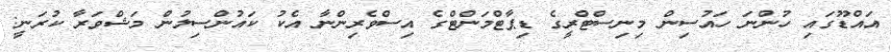
އައްޑޫގައި ހުންނަ ހައުސިން މިނިސްޓްރީގެ ޑިޕާޓްމަންޓްގެ އިސްވެރިންނާ އެކު ކައުންސިލުން މަޝްވަރާ ކުރަނީ: